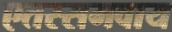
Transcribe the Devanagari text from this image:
एतस्समवाय